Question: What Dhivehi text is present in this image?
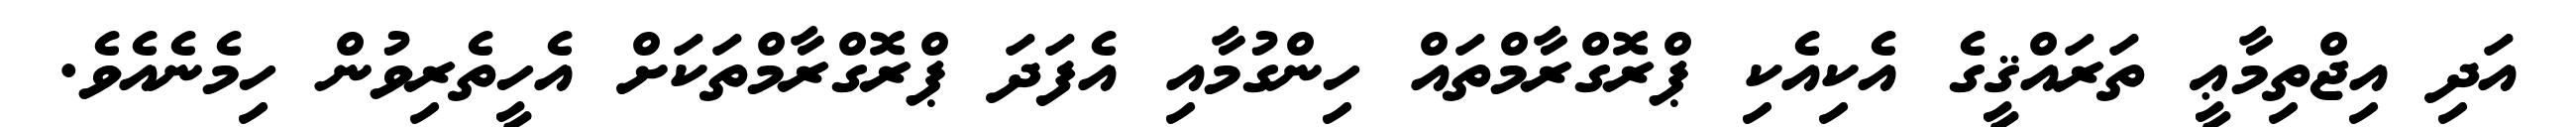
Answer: އަދި އިޖްތިމާޢީ ތަރައްޤީގެ އެކިއެކި ޕްރޮގްރާމްތައް ހިންގުމާއި އެފަދަ ޕްރޮގްރާމްތަކަށް އެހީތެރިވުން ހިމެނެއެވެ.